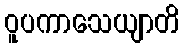
ဝူပကာသေယျာတိ